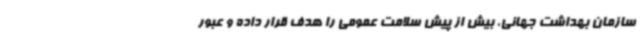
سازمان بهداشت جهانی، بیش از پیش سلامت عمومی را هدف قرار داده و عبور